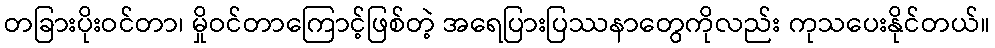
တခြားပိုးဝင်တာ၊ မှိုဝင်တာကြောင့်ဖြစ်တဲ့ အရေပြားပြဿနာတွေကိုလည်း ကုသပေးနိုင်တယ်။